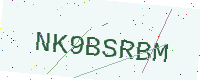
Text: NK9BSRBM